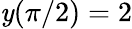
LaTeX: \mathit{y}(\pi/2)=2